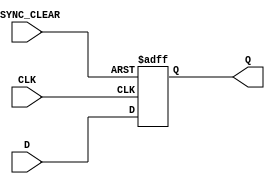
module async_clear_dff (
    input D,
    input CLK,
    input ASYNC_CLEAR,
    output reg Q
);

always @(posedge CLK or posedge ASYNC_CLEAR) begin
    if (ASYNC_CLEAR) begin
        Q <= 1'b0;
    end else begin
        Q <= D;
    end
end

endmodule